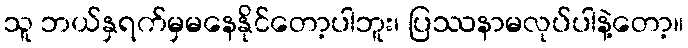
သူ ဘယ်နှရက်မှမနေနိုင်တော့ပါဘူး၊ ပြဿနာမလုပ်ပါနဲ့တော့။